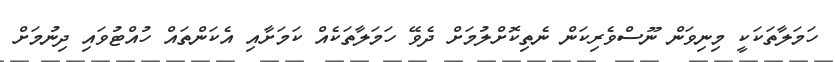
ހަމަލާތަކަކީ މިނިވަން ނޫސްވެރިކަން ނެތިކޮށްލުމަށް ދެވޭ ހަމަލާތަކެއް ކަމަށާއި އެކަންތައް ހުއްޓުވައި ދިނުމަށް